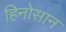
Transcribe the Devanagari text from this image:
हिनोसान